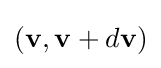
(\mathbf {v} ,\mathbf {v} +d\mathbf {v} )